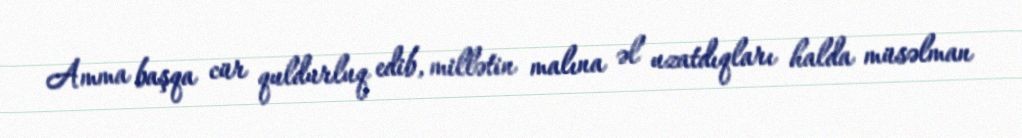
Amma başqa cür quldurluq edib, millətin malına əl uzatdıqları halda müsəlman